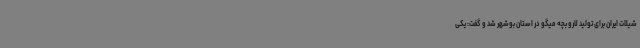
شیلات ایران برای تولید لارو بچه میگو در استان بوشهر شد و گفت: یکی